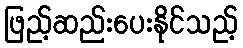
ဖြည့်ဆည်းပေးနိုင်သည့်